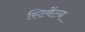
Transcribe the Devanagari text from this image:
स्टिवेंटन